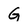
Character: G